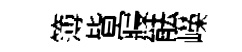
簿𣅜寢䏻嶸